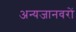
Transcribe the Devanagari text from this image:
अन्यजानवरों